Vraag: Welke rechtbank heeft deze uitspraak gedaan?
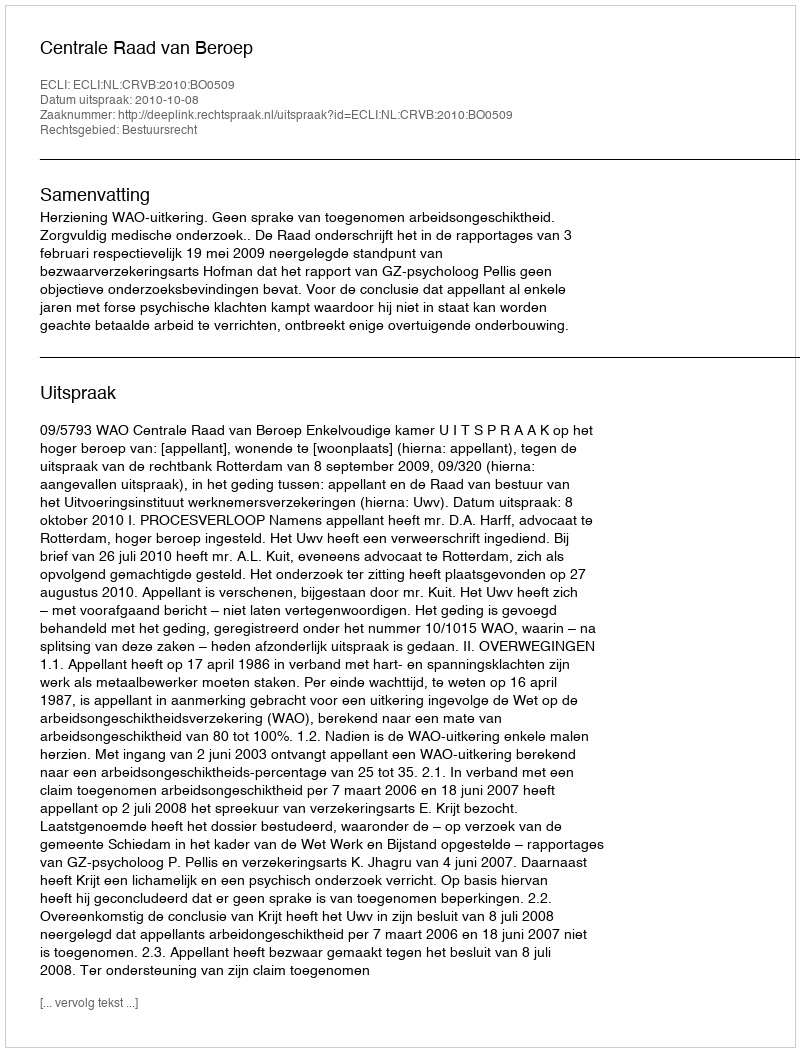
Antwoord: Centrale Raad van Beroep